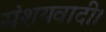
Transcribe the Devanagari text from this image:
संशयवादी।